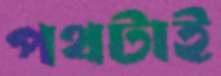
পথটাই